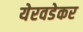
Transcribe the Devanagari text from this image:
येरवडेकर